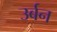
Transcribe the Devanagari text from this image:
उर्बन